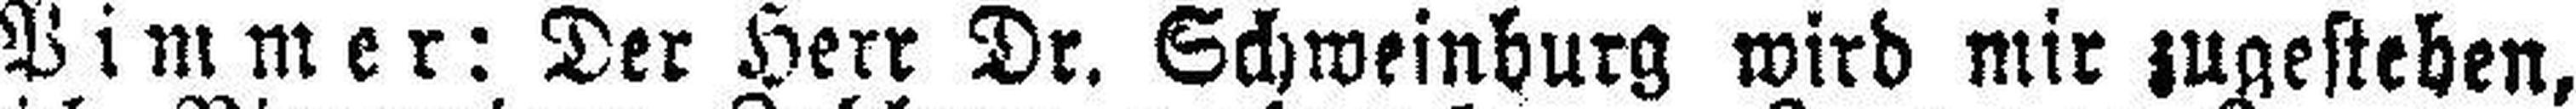
Pimmer: Der Herr Dr. Schweinburg wird mir zugestehen,